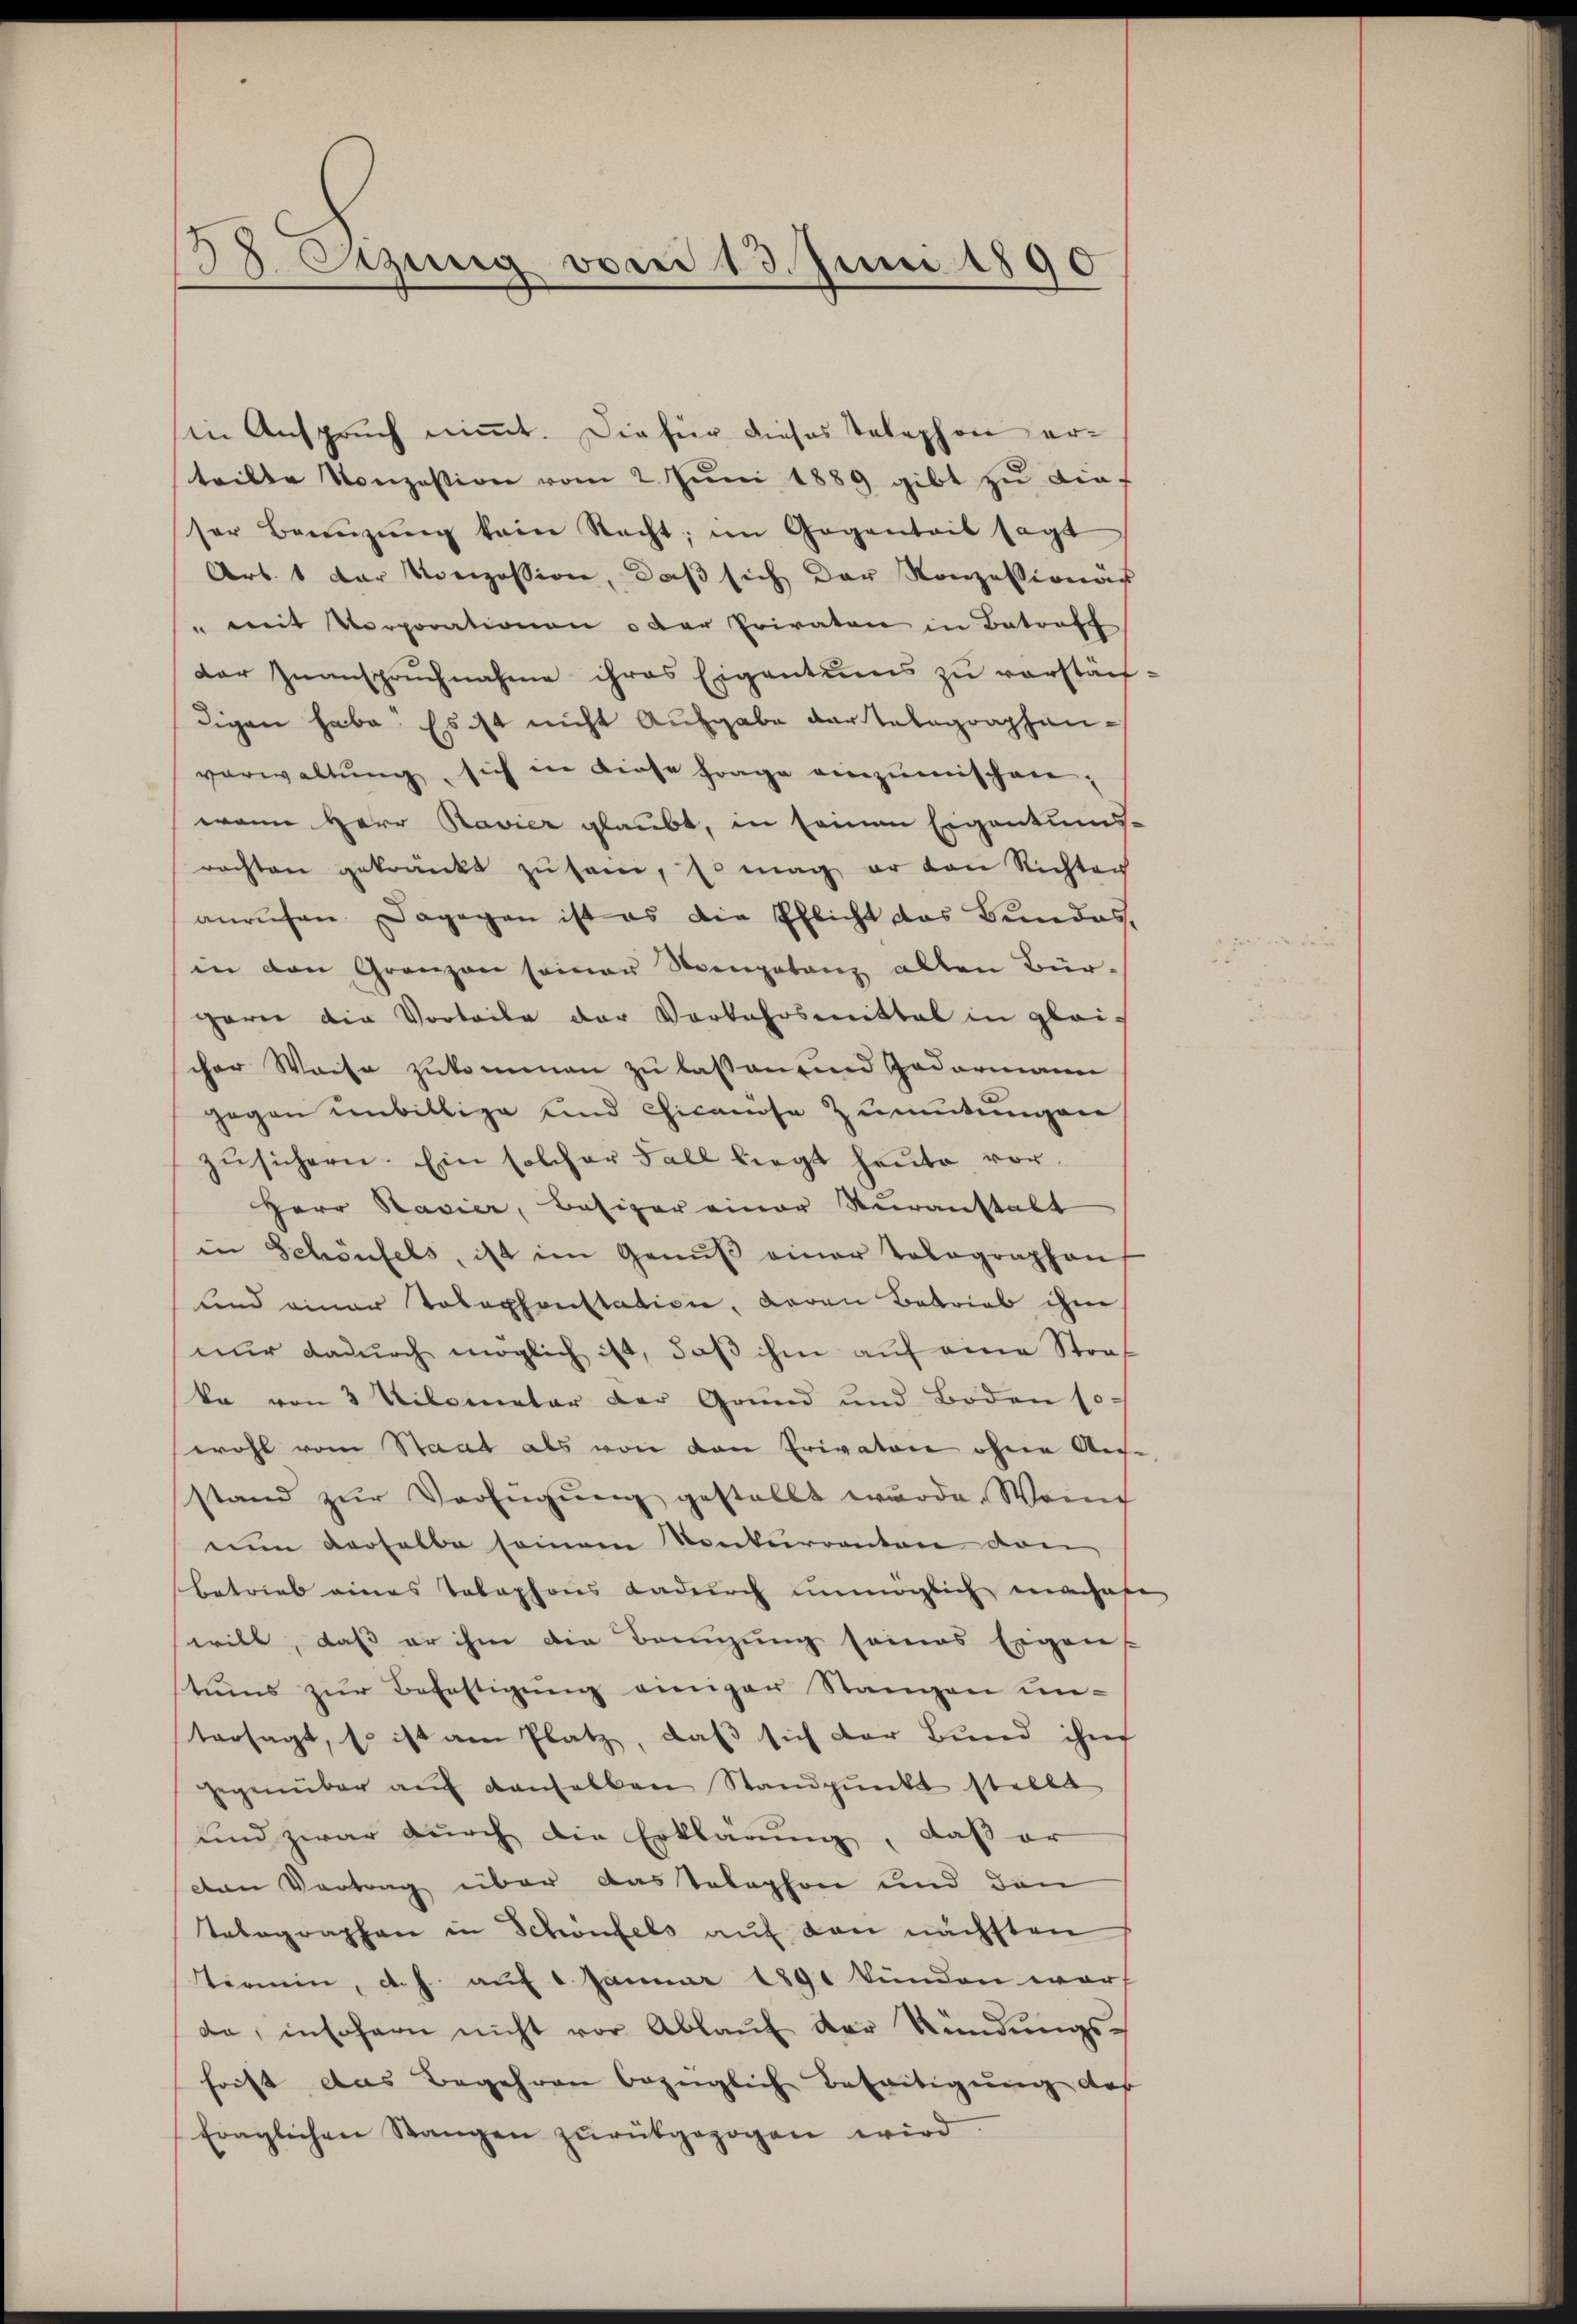
38. Szung vom 13. Juni 1890

in Anspruch nimmt. Die für dieses Telephon erteilte Konzession vom 2. Juni 1889 gibt zu dief
ser Bannzŭng kein Recht; im Gegentait sagt
Art. 1 der Konzession, daß sich der Konzessionär
" mit Vorporationen oder Privaten in Betraft
der Zŭanspruchnahme ihres Eigentums zu vorstäch
digen habe. Es ist nicht Ausgabe der Telegraphenverwaltŭng, sich in diese Frage einzŭmischen,
wann Herr Ravier glaubt, in seinen Eigentums-
rachten gekränkt zu sei, so mag er von Richten
anrufen. Dagegen ist es die Pflicht das Bundes,
in den Grenzen seiner Seegetanz allen Bür-
garen die Vorteile der Vorkehrsmittal in glei-
cher Weise zukommen zu lassen und Gadermann
gegen unbillige und Chicanöse Zumutungen
zŭsichern. Ein solcher Fall liegt heŭte vor-
Herr Ravier, Besizer einer Veranstalt
in Schönfels, ist im Genŭβ einer Tolographen
und einer Tolephonstation, daran Betrieb ihne
nur dadurch möglich ist, daß ihm auf eine Straf
ka von 3 Kilometer der Grund und Boden so-
wohl vom Staat als von den Privaten ohne Aus-
stand zŭr Verfügŭng gestellt wurde. Wenn
nŭn verhalbe seinem Konkurrenten von
betrieb eines Telephons dadurch unmöglich machere
will, daß er ihne die Bannzung seines Eigen
tums zŭr Befestigŭng einiger Stangen un-
tersagt, so ist am Platz, daß sich der Bund ihn
gegenüber auf denselben Standpunkt stellt
und zwar durch die Erklärung, daß er
den Vertrag über das telephon und den
Telegraphen in Schönfels auf den nächsten
tirmen, d. h. auf 1. Januar 1891 bünden warf
de, insofern nicht vor Ablauf der Kündungsforst das Begehren bezüglich Beseitigung des
fraglichen Stangen zŭrückgezogen wird.